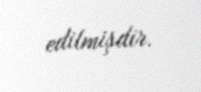
edilmişdir.